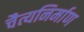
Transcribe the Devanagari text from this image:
चैत्यनिर्माण